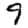
Digit: 9